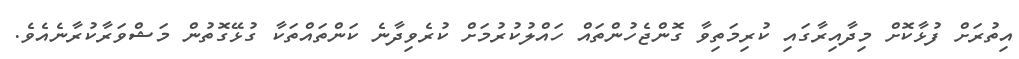
އިތުރަށް ފުޅާކޮށް މިދާއިރާގައި ކުރިމަތިވާ ގޮންޖެހުންތައް ހައްލުކުރުމަށް ކުރެވިދާނެ ކަންތައްތަކާ ގުޅޭގޮތުން މަޝްވަރާކުރާނެއެވެ.